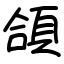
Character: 頜